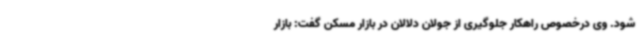
شود. وی درخصوص راهکار جلوگیری از جولان دلالان در بازار مسکن گفت: بازار